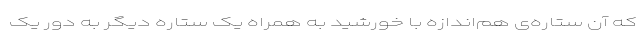
که آن ستاره‌ی هم‌اندازه با خورشید به همراه یک ستاره دیگر به دور یک